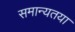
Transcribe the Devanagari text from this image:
समान्यतया